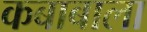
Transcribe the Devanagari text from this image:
कबाबाला